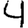
Digit: 4